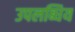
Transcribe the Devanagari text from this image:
उपलब्धिय